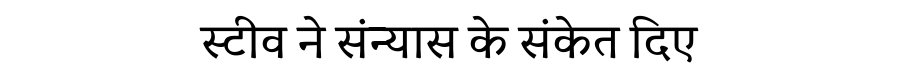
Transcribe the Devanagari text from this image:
स्टीव ने संन्यास के संकेत दिए